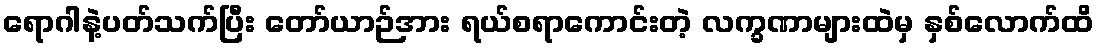
ရောဂါနဲ့ပတ်သက်ပြီး တော်ယာဉ်အား ရယ်စရာကောင်းတဲ့ လက္ခဏာများထဲမှ နှစ်လောက်ထိ